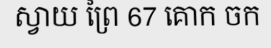
ស្វាយ ព្រៃ 67 គោក ចក